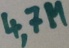
Text: 4,7M